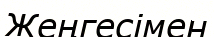
Жеңгесімен